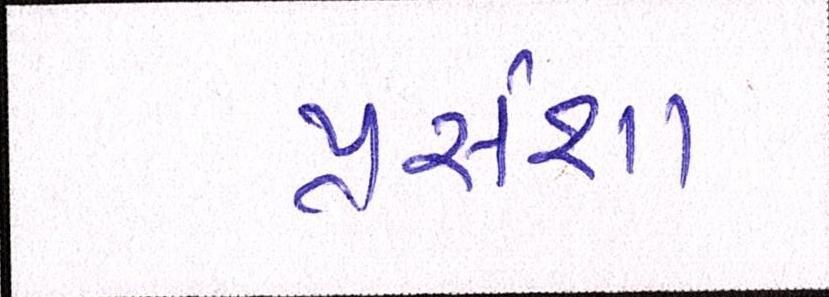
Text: પ્રસંશા